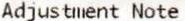
ADJUSTMENT NOTE